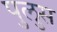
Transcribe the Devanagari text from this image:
पुलुस